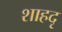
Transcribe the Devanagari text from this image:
शाहदृ